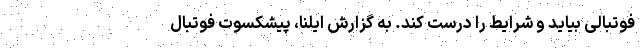
فوتبالی بیاید و شرایط را درست کند. به گزارش ایلنا، پیشکسوت فوتبال